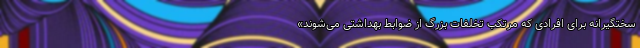
سختگیرانه برای افرادی که مرتکب تخلفات بزرگ از ضوابط بهداشتی می‌شوند»